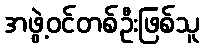
အဖွဲ့ဝင်တစ်ဦးဖြစ်သူ